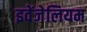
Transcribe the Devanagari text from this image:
इवेंजेलियम